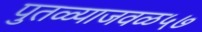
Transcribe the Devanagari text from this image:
पुतळ्याजवळ५७